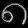
Digit: ၈